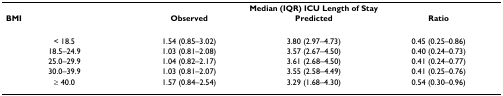
<table><thead><tr><td></td><td colspan="3"><b>Median (IQR) ICU Length of Stay</b></td></tr><tr><td><b>BMI</b></td><td><b>Observed</b></td><td><b>Predicted</b></td><td><b>Ratio</b></td></tr></thead><tbody><tr><td>&lt; 18.5</td><td>1.54 (0.85–3.02)</td><td>3.80 (2.97–4.73)</td><td>0.45 (0.25–0.86)</td></tr><tr><td>18.5–24.9</td><td>1.03 (0.81–2.08)</td><td>3.57 (2.67–4.50)</td><td>0.40 (0.24–0.73)</td></tr><tr><td>25.0–29.9</td><td>1.04 (0.82–2.17)</td><td>3.61 (2.68–4.50)</td><td>0.41 (0.24–0.77)</td></tr><tr><td>30.0–39.9</td><td>1.03 (0.81–2.07)</td><td>3.55 (2.58–4.49)</td><td>0.41 (0.25–0.76)</td></tr><tr><td>≥ 40.0</td><td>1.57 (0.84–2.54)</td><td>3.29 (1.68–4.30)</td><td>0.54 (0.30–0.96)</td></tr></tbody></table>